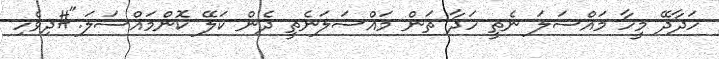
ހަދާދޭ މީހާ މައްސަލަ ނެތީ ހަދާ ތަން މައްސަލަނެތީ ދެން ކަލޭ ކޮންމައްސަލަ."#ދިވެހި